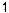
1